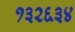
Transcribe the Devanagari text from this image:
१३२६३४